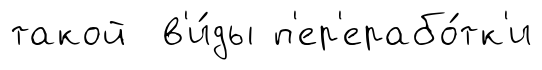
такой в'и́ды п'ер'ерабо́тк'и